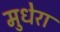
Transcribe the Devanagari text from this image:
मुधेरा